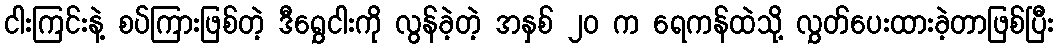
ငါးကြင်းနဲ့ စပ်ကြားဖြစ်တဲ့ ဒီရွှေငါးကို လွန်ခဲ့တဲ့ အနှစ် ၂၀ က ရေကန်ထဲသို့ လွှတ်ပေးထားခဲ့တာဖြစ်ပြီး